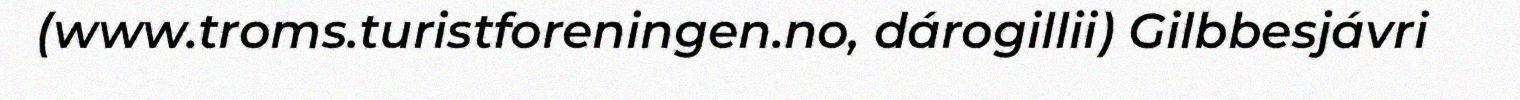
(www.troms.turistforeningen.no, dárogillii) Gilbbesjávri